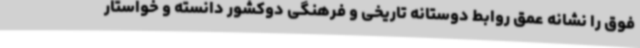
فوق را نشانه عمق روابط دوستانه تاریخی و فرهنگی دوکشور دانسته و خواستار